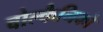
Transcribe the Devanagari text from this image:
वोल्कैनिको